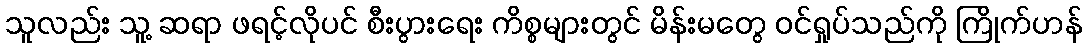
သူလည်း သူ့ ဆရာ ဖရင့်လိုပင် စီးပွားရေး ကိစ္စများတွင် မိန်းမတွေ ဝင်ရှုပ်သည်ကို ကြိုက်ဟန်